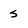
Character: s